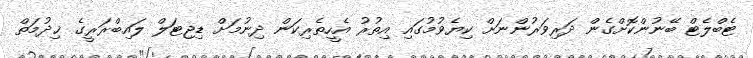
ޓެބްލެޓް ބޭނުންކޮށްގެން ދަރިވަރުންނަށް ކިޔެވުމުގައި އިތުރު އެހީތެރިކަން ދިނުމަށް ޑިޖިޓަލް ލައިބްރަރީގެ ޚިދުމަތް